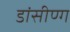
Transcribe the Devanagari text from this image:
डांसीण्ग